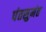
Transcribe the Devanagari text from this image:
पंतसुमंत